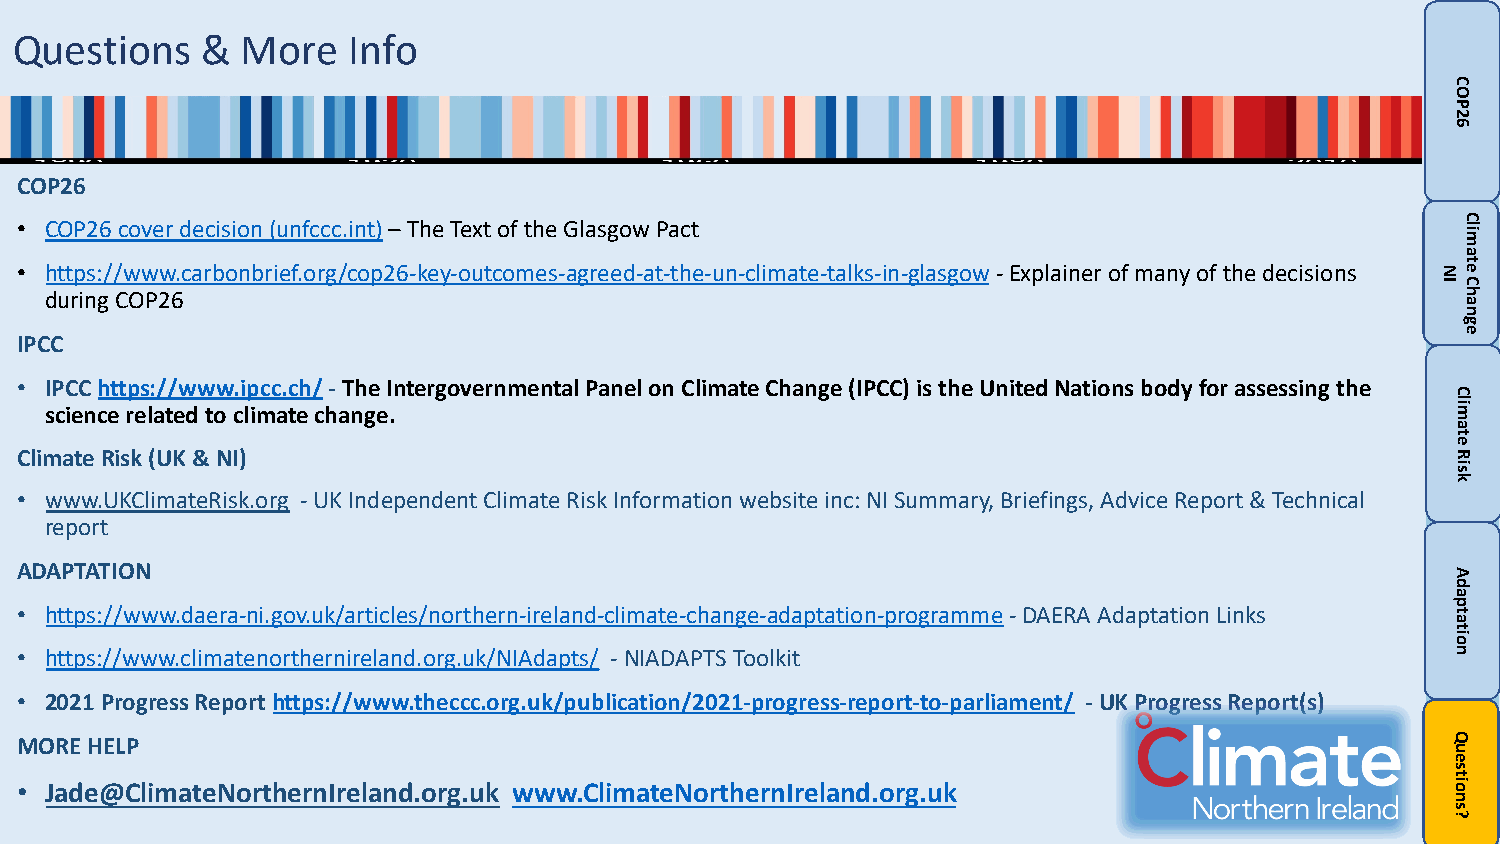
Questions   &  More   Info
 COP26
 • COP26 cover decision (unfccc.int)–The Text of the Glasgow Pact
 • https://www.carbonbrief.org/cop26-key-outcomes-agreed-at-the-un-climate-talks-in-glasgow-Explainer of many of the decisions
 during COP26
 IPCC
 • IPCC https://www.ipcc.ch/-The Intergovernmental Panel on Climate Change (IPCC) is the United Nations body for assessing the
 science related to climate change.
 Climate Risk (UK & NI)
 • www.UKClimateRisk.org -UK Independent Climate Risk Information website inc: NI Summary, Briefings, Advice Report & Technical
 report
 ADAPTATION
 • https://www.daera-ni.gov.uk/articles/northern-ireland-climate-change-adaptation-programme-DAERA Adaptation Links
 • https://www.climatenorthernireland.org.uk/NIAdapts/ -NIADAPTS Toolkit
 • 2021 Progress Report https://www.theccc.org.uk/publication/2021-progress-report-to-parliament/ -UK Progress Report(s)
 MORE HELP
 • Jade@ClimateNorthernIreland.org.uk www.ClimateNorthernIreland.org.uk
 NI
 COP26
 Climate
 Risk
 Adaptation
 Questions?
 Climate
 Change